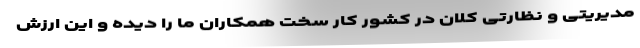
مدیریتی و نظارتی کلان در کشور کار سخت همکاران ما را دیده و این ارزش